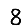
Digit: 8